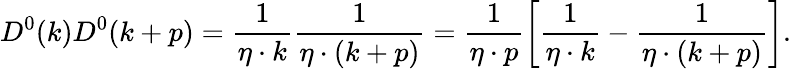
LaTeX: D^{0}(k)D^{0}(k+p)={\frac{1}{\eta\cdot k}}{\frac{1}{\eta\cdot(k+p)}}={\frac{1}{\eta\cdot p}}\biggl[{\frac{1}{\eta\cdot k}}-{\frac{1}{\eta\cdot(k+p)}}\biggr].